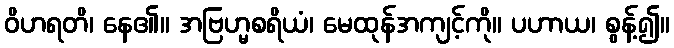
ဝိဟရတိ၊ နေ၏။ အဗြဟ္မစရိယံ၊ မေထုန်အကျင့်ကို။ ပဟာယ၊ စွန့်၍။